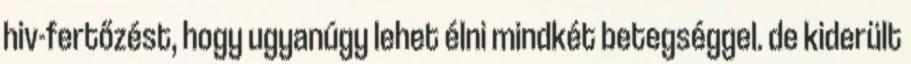
hiv-fertőzést, hogy ugyanúgy lehet élni mindkét betegséggel. de kiderült